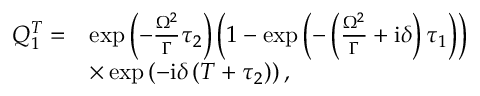
\begin{array} { r l } { Q _ { 1 } ^ { T } = } & { \exp \left( - \frac { \Omega ^ { 2 } } { \Gamma } \tau _ { 2 } \right) \left( 1 - \exp \left( - \left( \frac { \Omega ^ { 2 } } { \Gamma } + \mathrm { i } \delta \right) \tau _ { 1 } \right) \right) } \\ & { \times \exp \left( - \mathrm { i } \delta \left( T + \tau _ { 2 } \right) \right) , } \end{array}